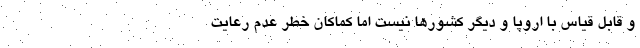
و قابل قیاس با اروپا و دیگر کشورها نیست اما کماکان خطر عدم رعایت